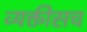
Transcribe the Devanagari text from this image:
व्यक्तीसच